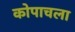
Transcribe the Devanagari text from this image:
कोपाचला